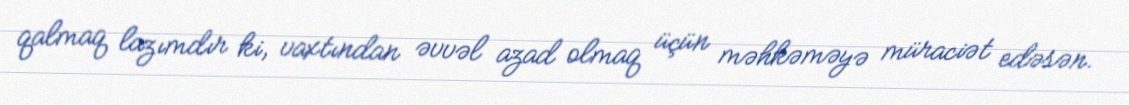
qalmaq lazımdır ki, vaxtından əvvəl azad olmaq üçün məhkəməyə müraciət edəsən.